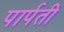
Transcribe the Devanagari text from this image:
पार्पती